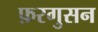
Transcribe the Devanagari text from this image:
फ़रगुसन